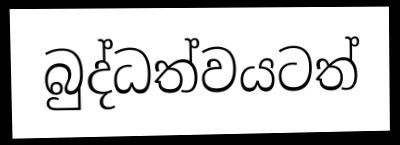
බුද්ධත්වයටත්